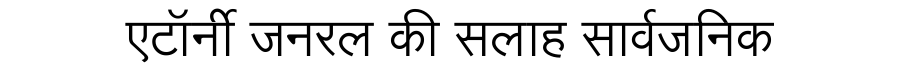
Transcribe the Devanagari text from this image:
एटॉर्नी जनरल की सलाह सार्वजनिक